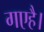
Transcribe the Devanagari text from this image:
गएहै।